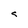
Character: s